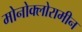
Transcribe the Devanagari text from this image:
मोनोक्लोरामीन